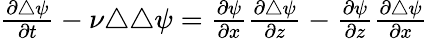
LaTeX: \begin{array}{r}{\frac{\partial\triangle\psi}{\partial t}-\nu\triangle\triangle\psi=\frac{\partial\psi}{\partial x}\frac{\partial\triangle\psi}{\partial z}-\frac{\partial\psi}{\partial z}\frac{\partial\triangle\psi}{\partial x}}\end{array}